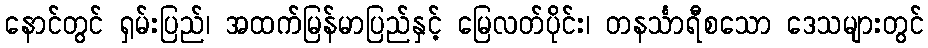
နောင်တွင် ရှမ်းပြည်၊ အထက်မြန်မာပြည်နှင့် မြေလတ်ပိုင်း၊ တနင်္သာရီစသော ဒေသများတွင်